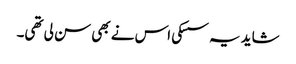
شاید یہ سسکی اس نے بھی سن لی تھی۔